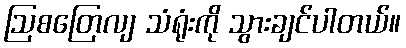
ဩစတြေလျ သံရုံးကို သွားချင်ပါတယ်။